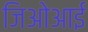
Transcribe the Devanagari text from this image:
जिओआई